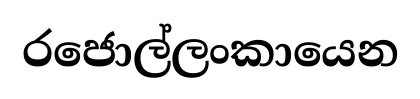
රජොල්ලංකායෙන